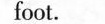
foot.